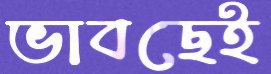
ভাবছেই